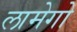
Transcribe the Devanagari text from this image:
लामेगो